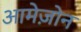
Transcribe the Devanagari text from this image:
आमेज़ोन